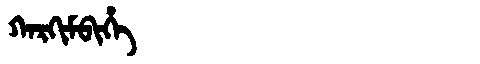
Manchu: ᡴᠠᡵᡴᡳᠮᠪᡳᡥᡝ
Romanization: KARKIMBIHE